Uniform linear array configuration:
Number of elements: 8
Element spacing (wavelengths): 1
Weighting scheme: hann
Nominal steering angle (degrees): -15
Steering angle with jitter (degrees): -16.51
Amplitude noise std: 0.05
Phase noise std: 0.05

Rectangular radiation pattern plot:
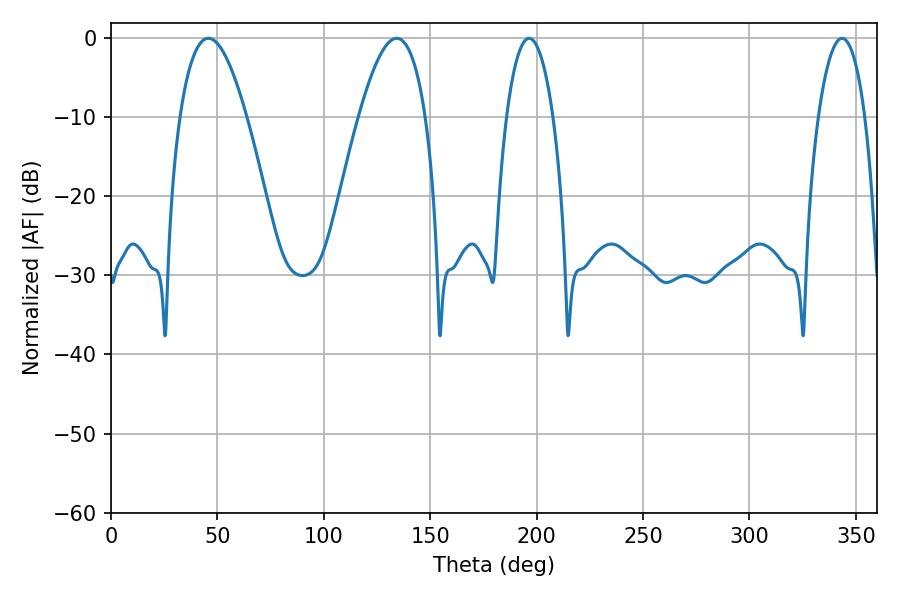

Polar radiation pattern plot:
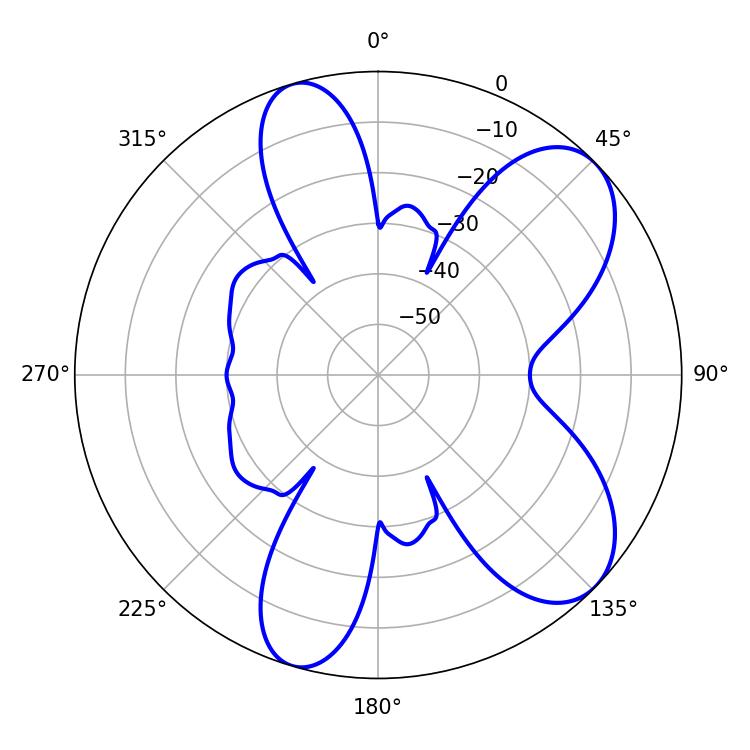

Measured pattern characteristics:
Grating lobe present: TRUE
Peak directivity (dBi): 7.72
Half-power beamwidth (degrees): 17.28
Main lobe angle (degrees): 45.72